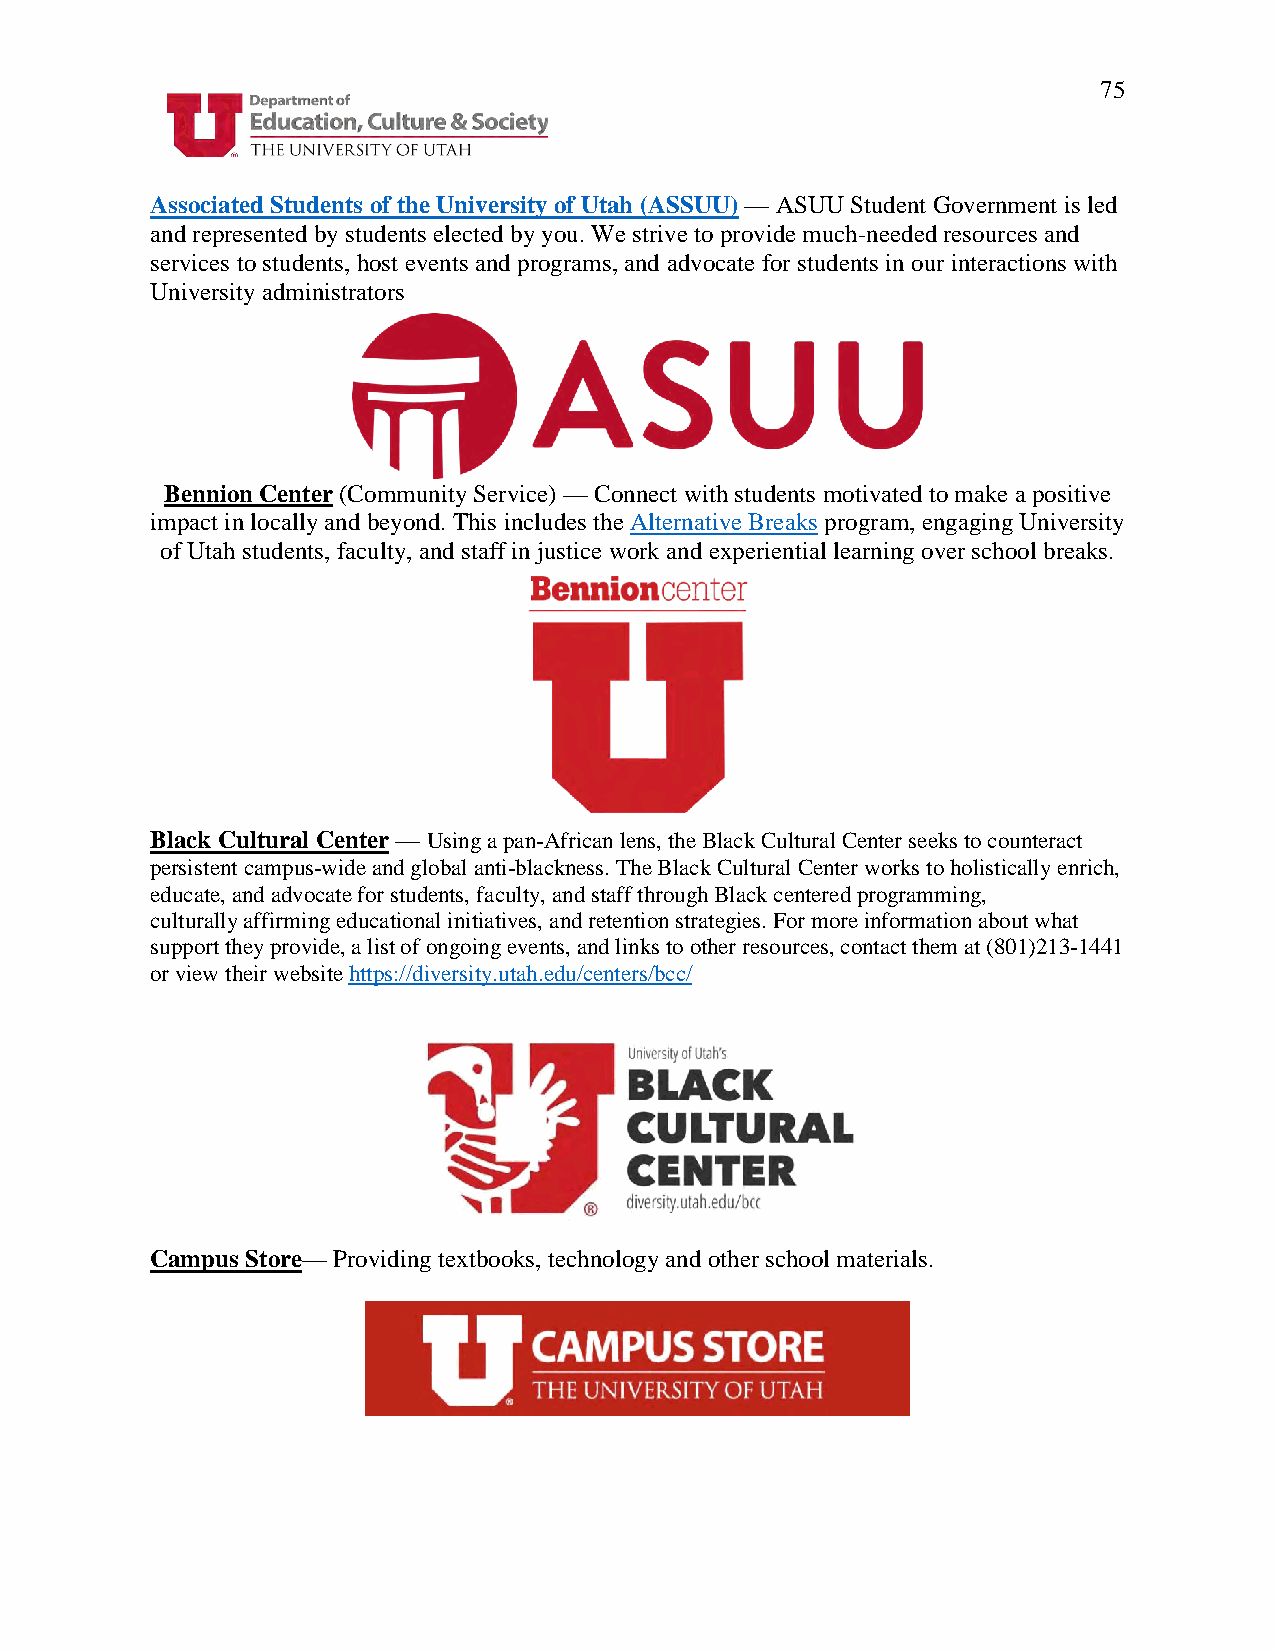
75
 Associated Students of the University of Utah (ASSUU) — ASUU Student Government is led
 and represented by students elected by you. We strive to provide much-needed resources and
 services to students, host events and programs, and advocate for students in our interactions with
 University administrators
 Bennion Center (Community Service) — Connect with students motivated to make a positive
 impact in locally and beyond. This includes the Alternative Breaks program, engaging University
 of Utah students, faculty, and staff in justice work and experiential learning over school breaks.
 Black Cultural Center — Using a pan-African lens, the Black Cultural Center seeks to counteract
 persistent campus-wide and global anti-blackness. The Black Cultural Center works to holistically enrich,
 educate, and advocate for students, faculty, and staff through Black centered programming,
 culturally affirming educational initiatives, and retention strategies. For more information about what
 support they provide, a list of ongoing events, and links to other resources, contact them at (801)213-1441
 or view their website https://diversity.utah.edu/centers/bcc/
 Campus Store— Providing textbooks, technology and other school materials.